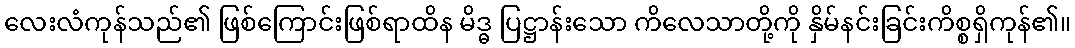
လေးလံကုန်သည်၏ ဖြစ်ကြောင်းဖြစ်ရာထိန မိဒ္ဓ ပြဋ္ဌာန်းသော ကိလေသာတို့ကို နှိမ်နင်းခြင်းကိစ္စရှိကုန်၏။